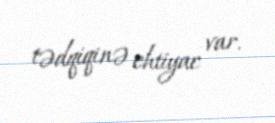
tədqiqinə ehtiyac var.